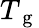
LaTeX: T_{\mathrm{~g~}}